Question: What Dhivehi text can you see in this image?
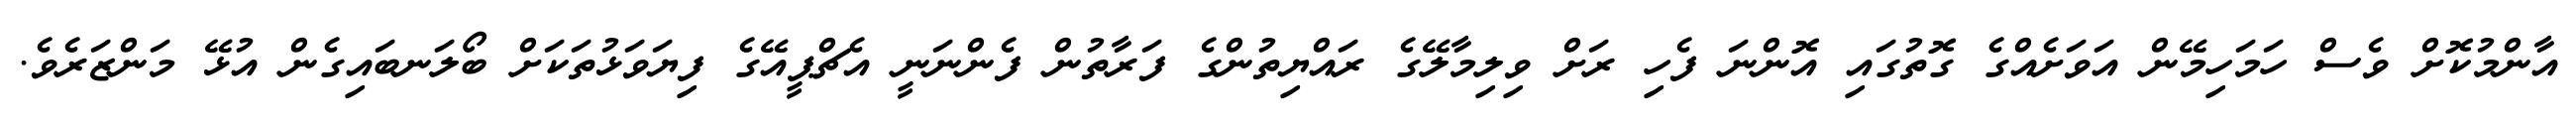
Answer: އާންމުކޮށް ވެސް ހަމަހިމޭން އަވަށެއްގެ ގޮތުގައި އޮންނަ ފެހި ރަށް ވިލިމާލޭގެ ރައްޔިތުންގެ ފަރާތުން ފެންނަނީ އެޗްޕީއޭގެ ފިޔަވަޅުތަކަށް ބޯލަނބައިގެން އުޅޭ މަންޒަރެވެ.